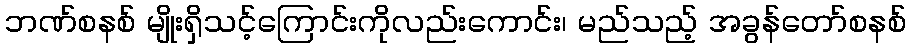
ဘဏ်စနစ် မျိုးရှိသင့်ကြောင်းကိုလည်းကောင်း၊ မည်သည့် အခွန်တော်စနစ်